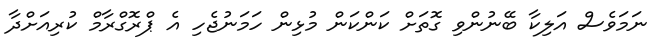
ނަމަވެސް އަލިކާ ބޭނުންވި ގޮތަށް ކަންކަން މުޅިން ހަމަނުޖެހި އެ ޕްރޮގްރާމް ކުރިއަށްދާ